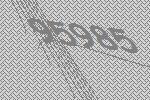
95985